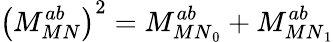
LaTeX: \left(M_{MN}^{ab}\right)^{2}=M_{{MN}_{0}}^{ab}+M_{{MN}_{1}}^{ab}